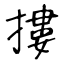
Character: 摟